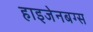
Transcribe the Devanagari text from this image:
हाइजेनबग्स